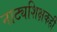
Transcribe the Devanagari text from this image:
नाट्यशिक्षकही